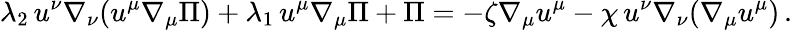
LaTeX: \lambda_{2}\, u^{\nu}\nabla_{\nu}(u^{\mu}\nabla_{\mu}\Pi)+\lambda_{1}\, u^{\mu}\nabla_{\mu}\Pi+\Pi=-\zeta\nabla_{\mu}u^{\mu}-\chi\, u^{\nu}\nabla_{\nu}(\nabla_{\mu}u^{\mu})\, .